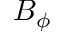
B _ { \phi }